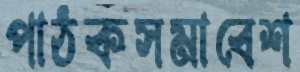
পাঠকসমাবেশ